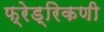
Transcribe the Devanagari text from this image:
फ्रेड्रिकणी